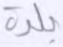
بلدة